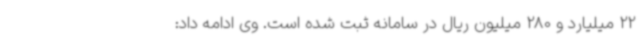
22 میلیارد و 280 میلیون ریال در سامانه ثبت شده است. وی ادامه داد: